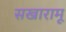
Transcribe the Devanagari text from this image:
सखारामू